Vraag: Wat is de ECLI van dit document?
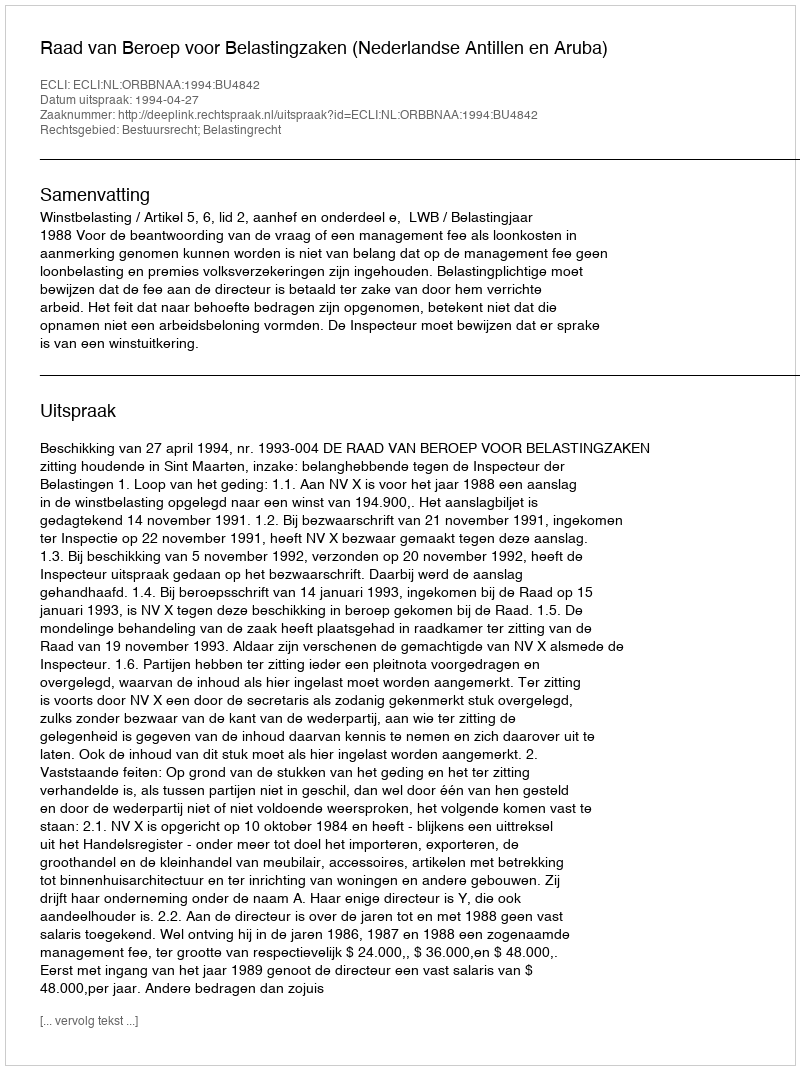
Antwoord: ECLI:NL:ORBBNAA:1994:BU4842